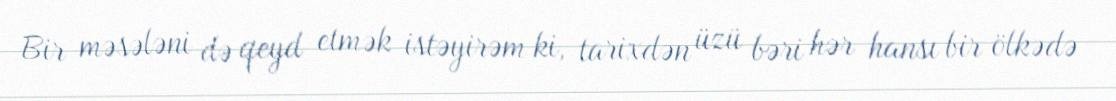
Bir məsələni də qeyd etmək istəyirəm ki, tarixdən üzü bəri hər hansı bir ölkədə